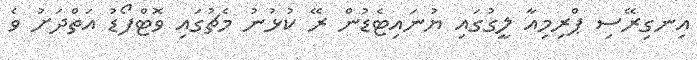
އިނގިރޭސި ޕްރިމިއާ ލީގުގައި ޔުނައިޓެޑުން ރޭ ކުޅުނު މެޗުގައި ވޮޓްފޯޑު އަތްދަށު ވެ